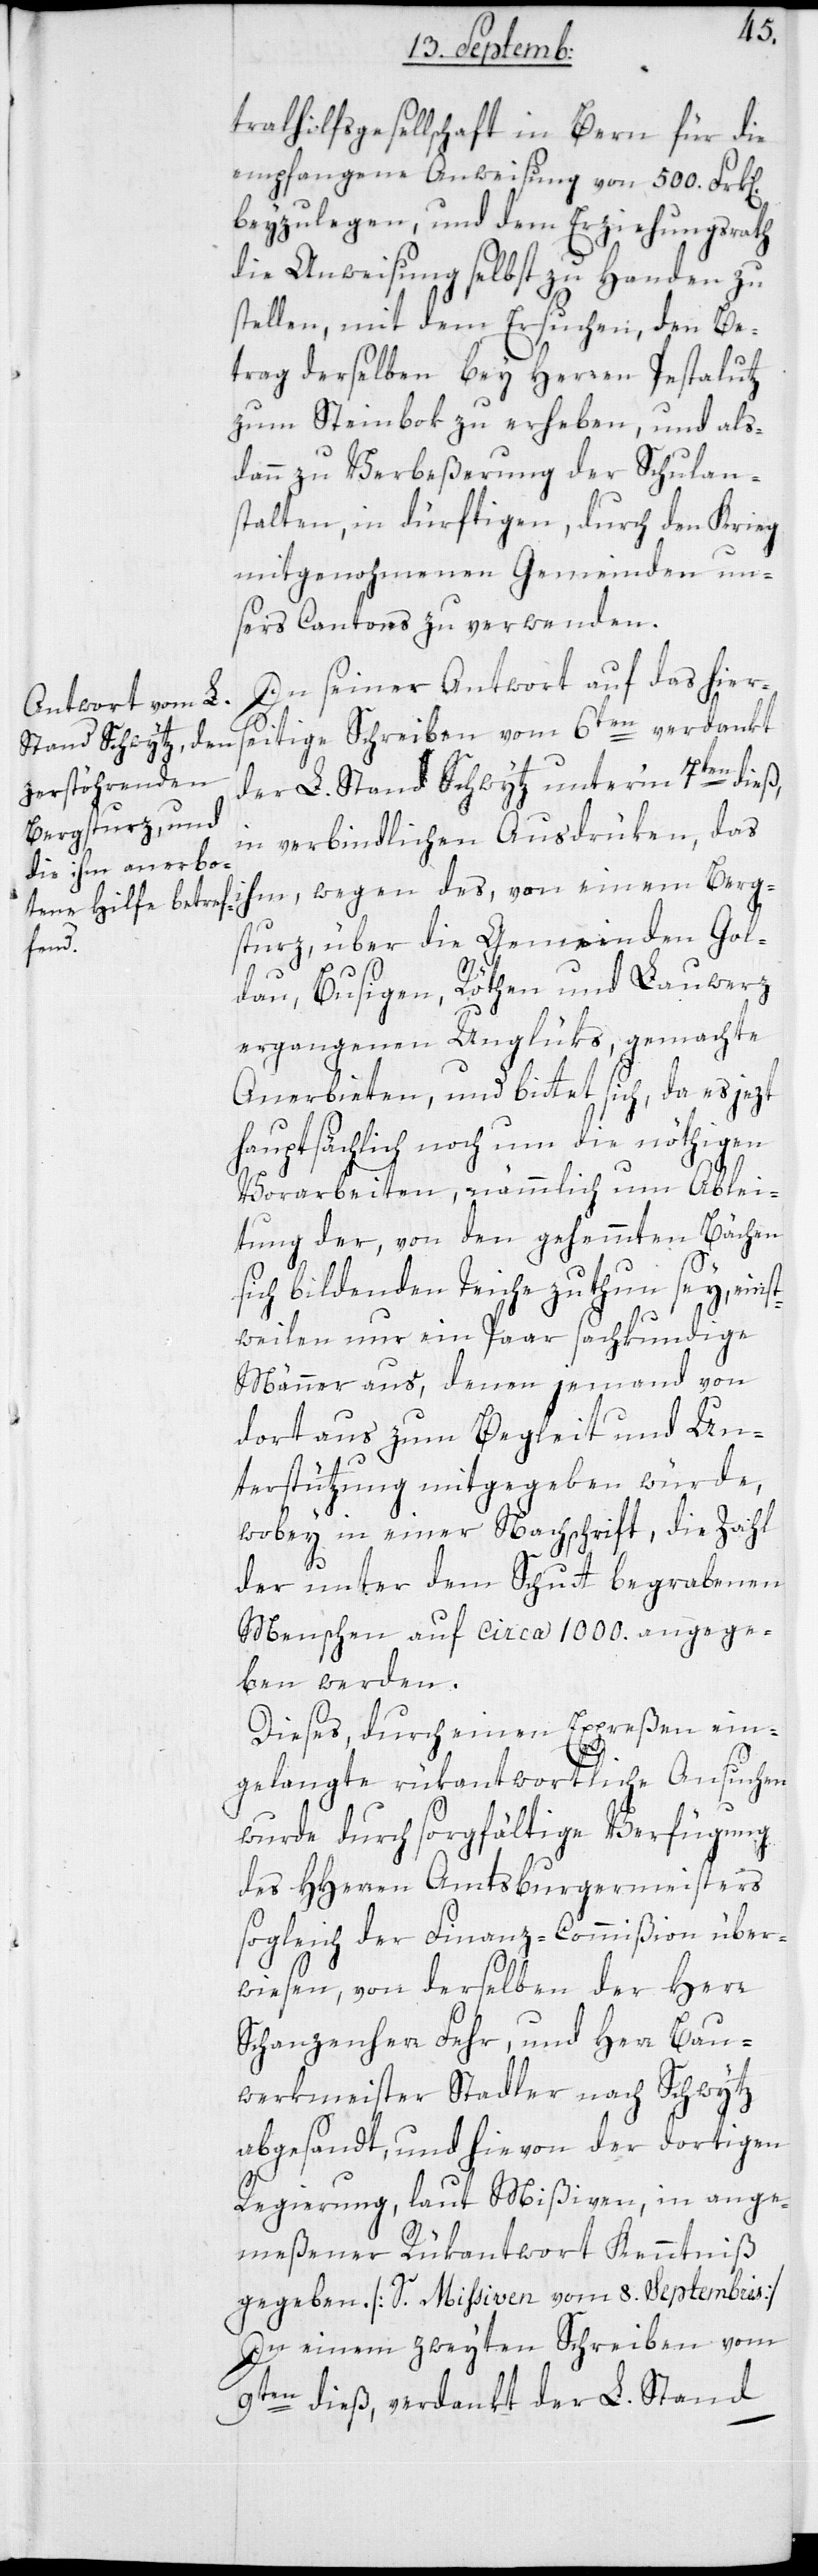
tralhilfsgesellschaft in Bern für die
empfangene Anweisung von 500. Franken
beizulegen, und dem Erziehungsrath
die Anweisung selbst zu Handen zu
stellen, mit dem Ersuchen, den Be¬
trag derselben bey Herren Pestalutz
zum Steinbok zu erheben, und als¬
dann zu Verbeßerung der Schulan¬
stalten, in dürftigen, durch den Krieg
mitgenohmenen Gemeinden un¬
sers Cantons zu verwenden.
In seiner Antwort auf das hier¬
seitige Schreiben vom 6ten verdankt
der L. Stand Schwytz unterm 7ten dies,
in verbindlichen Ausdrüken, das
ihm wegen des, von einem Berg¬
sturz, über die Gemeinden Gol¬
dau, Busigen, Röthen und Lauwerz
ergangenen Unglüks, gemachte
Anerbieten, und bittet sich, da es jezt
hauptsächlich noch um die nöthigen
Vorarbeiten, nämmlich um Ablei¬
tung der, von den gehemmten Bächen
sich bildenden Teiche zu thun sey, einst¬
weilen nur ein paar sachkundige
Männer aus, denen jemand von
dort aus zum Begleit und Un¬
terstützung mitgegeben würde,
wobey in einer Nachschrift, die Zahl
der unter dem Schutt begrabenen
Menschen auf circa 1000. angege¬
ben werden.
Dieses, durch einen Expreßen ein¬
gelangte rükantwortliche Ansuchen
wurde durch sorgfältige Verfügung
des HHerren Amtsburgermeisters
sogleich der Finanz-Commißion über¬
wiesen, von derselben der Herr
Schanzenherr Fehr, und Herr Bau¬
werkmeister Stadler nach Schwytz
abgesandt, und hievon der dortigen
Regierung, laut Mißiven, in ange¬
meßener Rükantwort Kenntniß
gegeben [siehe Mißiven vom 8ten Septembris].
In einem zweyten Schreiben vom
9ten dies, verdankt der L. Stand